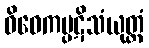
ဝိဝေကပ္ပဋိသံယုတ္တံ